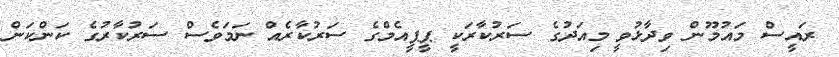
ރައީސް މައުމޫން ވިދާޅުވީ މިއަދުގެ ސަރުކާރަކީ ޕީޕީއެމްގެ ސަރުކާރެއް ނަމަވެސް ސަރުކާރުގެ ކަންކަން